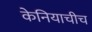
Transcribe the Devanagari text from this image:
केनियाचीच